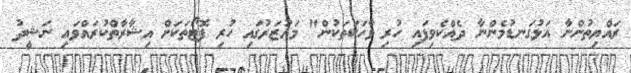
ރައްޔިތުންނާ އަޅުގަނޑުމެންނާ ދެއްކެވިފައި ހުރި ވާހަކަތަކުން" މައުޒަރުގައި ހުރި ފޮޓޯތަކަށް އިޝާރާތްކުރައްވައި ނަޝީދު